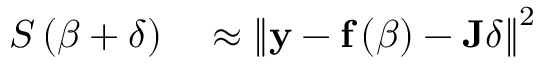
\begin{array} { r l } { S \left( { \boldsymbol { \beta } } + { \boldsymbol { \delta } } \right) } & { { } \approx \left\| \mathbf { y } - \mathbf { f } \left( { \boldsymbol { \beta } } \right) - \mathbf { J } { \boldsymbol { \delta } } \right\| ^ { 2 } } \end{array}